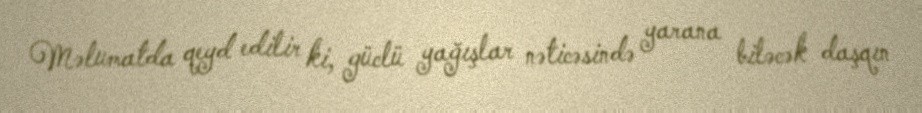
Məlumatda qeyd edilir ki, güclü yağışlar nəticəsində yarana biləcək daşqın